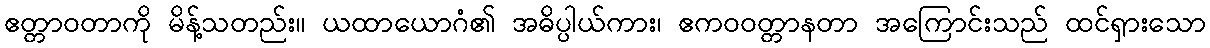
ဧတ္တာဝတာကို မိန့်သတည်း။ ယထာယောဂံ၏ အဓိပ္ပါယ်ကား၊ ဧကဝဝတ္တာနတာ အကြောင်းသည် ထင်ရှားသော